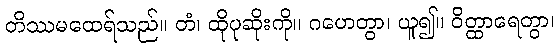
တိဿမထေရ်သည်။ တံ၊ ထိုပုဆိုးကို။ ဂဟေတွာ၊ ယူ၍။ ဝိတ္ထာရေတွာ၊